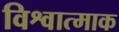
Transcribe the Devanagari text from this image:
विश्वात्माक